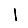
Digit: 1